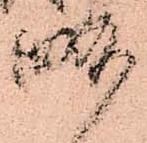
略